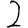
Digit: 2